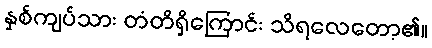
နှစ်ကျပ်သား တံတိရှိကြောင်း သိရလေတော့၏။